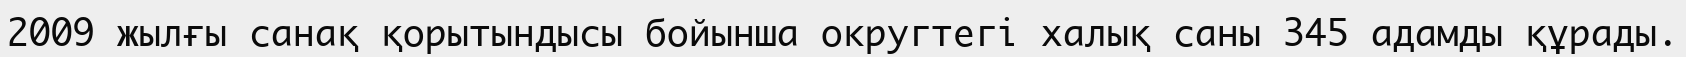
2009 жылғы санақ қорытындысы бойынша округтегі халық саны 345 адамды құрады.